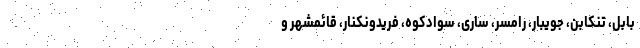
بابل، تنکابن، جویبار، رامسر، ساری، سوادکوه، فریدونکنار، قائمشهر و